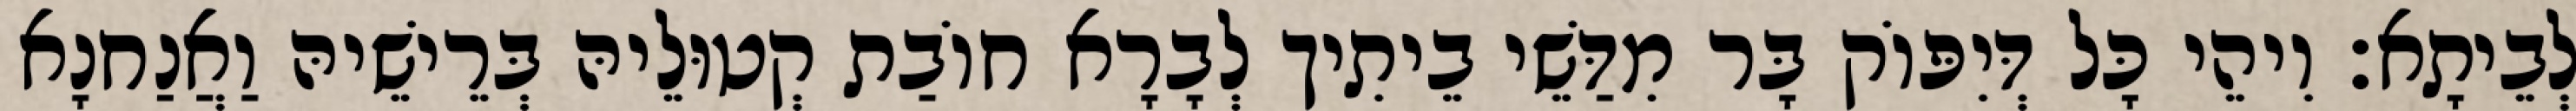
לְבֵיתָא׃ וִיהֵי כָּל דְּיִפּוֹק בָּר מִדַּשֵׁי בֵיתִיך לְבָרָא חוֹבַת קְטוּלֵיהּ בְּרֵישֵׁיהּ וַאֲנַחנָא